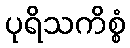
ပုရိသကိစ္စံ